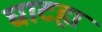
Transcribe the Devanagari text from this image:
घाटहा